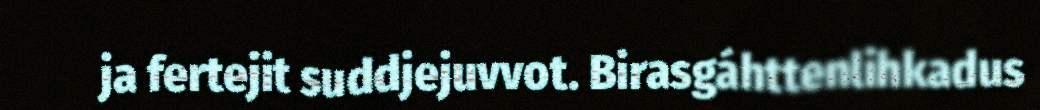
ja fertejit suddjejuvvot. Birasgáhttenlihkadus